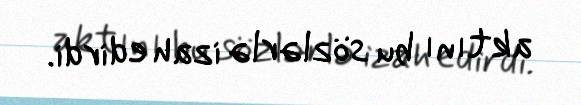
aktını bu sözlərlə izah edirdi.